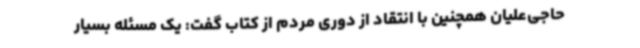
حاجی‌علیان همچنین با انتقاد از دوری مردم از کتاب گفت: یک مسئله بسیار